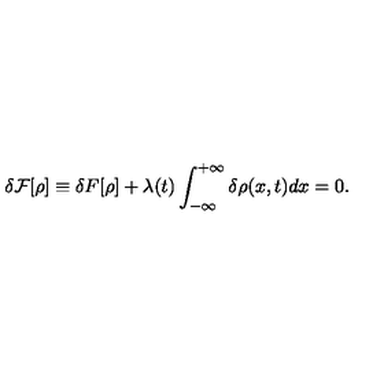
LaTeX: \delta { \cal F } [ \rho ] \equiv \delta { F } [ \rho ] + \lambda ( t ) \int _ { - \infty } ^ { + \infty } \delta \rho ( x , t ) d x = 0 .